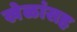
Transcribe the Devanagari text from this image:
खेळांसह